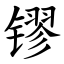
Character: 镠